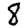
Digit: 8